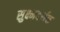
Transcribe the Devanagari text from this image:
सुक्ष्मदर्शक